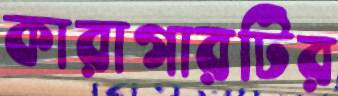
কারাগারটির